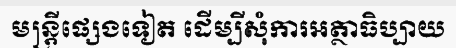
មន្ត្រីផ្សេងទៀត ដើម្បីសុំការអត្ថាធិប្បាយ